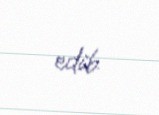
edib.